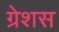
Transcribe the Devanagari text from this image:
ग्रेशस